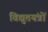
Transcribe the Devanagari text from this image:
विद्युतयंत्रों